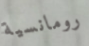
رومانسية